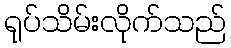
ရုပ်သိမ်းလိုက်သည်